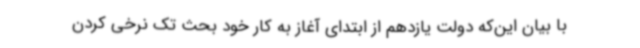
با بیان این‌که دولت یازدهم از ابتدای آغاز به کار خود بحث تک نرخی کردن